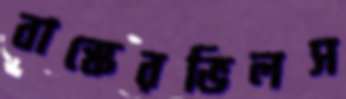
বাস্কেরভিলস